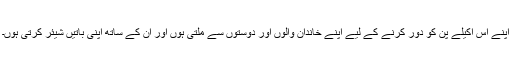
اپنے اس اکیلے پن کو دور کرنے کے لیے اپنے خاندان والوں اور دوستوں سے ملتی ہوں اور ان کے ساتھ اپنی باتیں شیئر کرتی ہوں۔